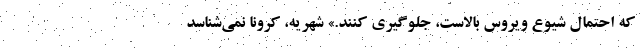
که احتمال شیوع ویروس بالاست، جلوگیری کنند.» شهریه، کرونا نمی‌شناسد